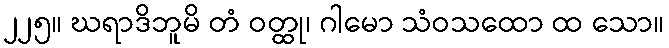
၂၂၅။ ဃရာဒိဘူမိ တံ ဝတ္ထု၊ ဂါမော သံဝသထော ထ သော။